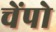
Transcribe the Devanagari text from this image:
चेंपो